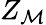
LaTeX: Z_{\mathcal{M}}